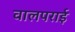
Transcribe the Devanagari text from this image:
वालपराई